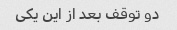
دو توقف بعد از این یکی